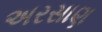
અરસાણ